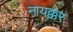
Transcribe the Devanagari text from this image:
नायक्कर